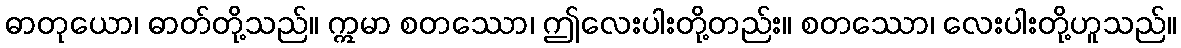
ဓာတုယော၊ ဓာတ်တို့သည်။ ဣမာ စတဿော၊ ဤလေးပါးတို့တည်း။ စတဿော၊ လေးပါးတို့ဟူသည်။